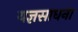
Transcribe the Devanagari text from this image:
यज्ञसाधना